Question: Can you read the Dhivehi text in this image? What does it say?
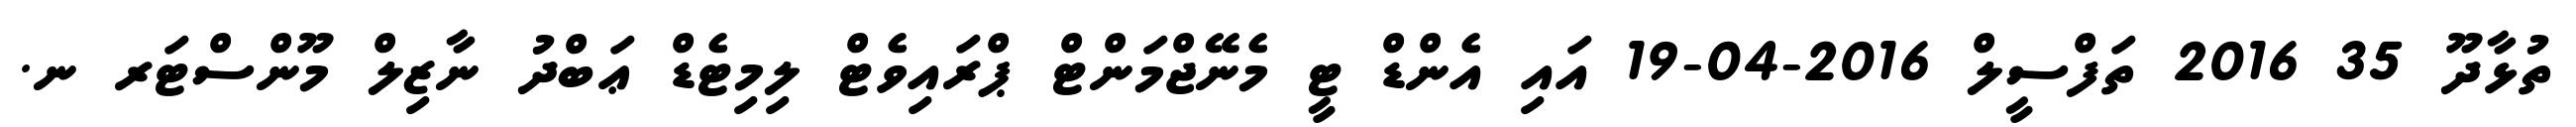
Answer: ތުޅާދޫ 35 2016 ތަފްސީލް 2016-04-19 އައި އެންޑް ޓީ މެނޭޖްމަންޓް ޕްރައިވެޓް ލިމިޓެޑް ޢަބްދު ނާޒިލް މޫންސްޓަރ ނ.